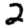
Digit: 2